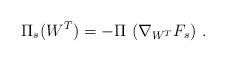
LaTeX: \begin{align*}\Pi_s (W^T) = - \Pi \, \left( \nabla_{W^T} F_s \right) \, .\end{align*}